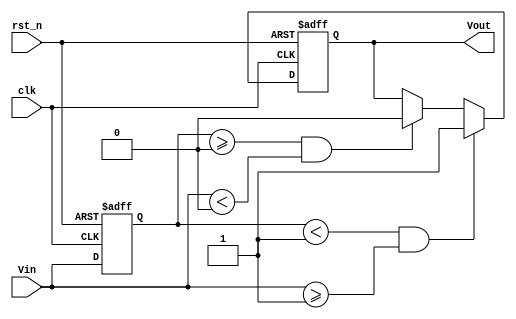
module SchmittTriggerEdgeDetector (
    input wire clk,           // Clock signal for synchronization
    input wire rst_n,        // Active low reset
    input wire Vin,          // Input signal to be monitored
    output reg Vout          // Output signal indicating edge detection
);
    // Define threshold levels (these can be parameterized)
    parameter Vth_high = 1'b1; // Upper threshold level
    parameter Vth_low  = 1'b0; // Lower threshold level

    // State registers
    reg Vin_d;                // Delayed version of Vin
    reg edge_detected;        // Indicates if an edge has been detected

    // Always block for edge detection
    always @(posedge clk or negedge rst_n) begin
        if (!rst_n) begin
            Vout <= 1'b0;     // Reset output
            Vin_d <= 1'b0;    // Reset delayed input
            edge_detected <= 1'b0; // Reset edge detected flag
        end else begin
            // Store the previous state of Vin
            Vin_d <= Vin;

            // Rising edge detection
            if (Vin_d < Vth_high && Vin >= Vth_high) begin
                Vout <= 1'b1;    // Set output high on rising edge
                edge_detected <= 1'b1; // Mark edge detected
            end
            // Falling edge detection
            else if (Vin_d >= Vth_low && Vin < Vth_low) begin
                Vout <= 1'b0;    // Set output low on falling edge
                edge_detected <= 1'b1; // Mark edge detected
            end
            // If within hysteresis region, maintain output state
            else if (edge_detected) begin
                // Maintain output state until a new edge is detected
                edge_detected <= 1'b0; // Reset edge detected flag
            end
        end
    end
endmodule